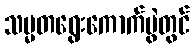
သမ္မတရွေးကောက်ပွဲတွင်